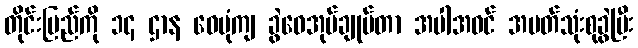
တိုင်းပြည်ကို ၁၄ ဌာန ဝေပုံကျ ခွဲဝေအုပ်ချုပ်တာ အပါအဝင် အမတ်သုံးစုခွဲပြီး